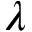
\lambda